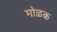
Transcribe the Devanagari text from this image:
मोळक